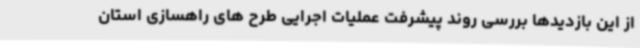
از این بازدیدها بررسی روند پیشرفت عملیات اجرایی طرح های راهسازی استان